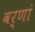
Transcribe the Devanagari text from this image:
वर्णां